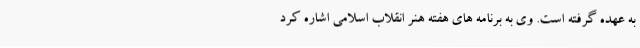
به عهده گرفته است. وی به برنامه های هفته هنر انقلاب اسلامی اشاره کرد